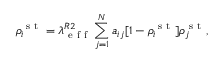
\rho _ { i } ^ { \mathrm { ~ s ~ t ~ } } = \lambda _ { \mathrm { ~ e ~ f ~ f ~ } } ^ { R 2 } \sum _ { j = 1 } ^ { N } a _ { i j } [ 1 - \rho _ { i } ^ { \mathrm { ~ s ~ t ~ } } ] \rho _ { j } ^ { \mathrm { ~ s ~ t ~ } } ,